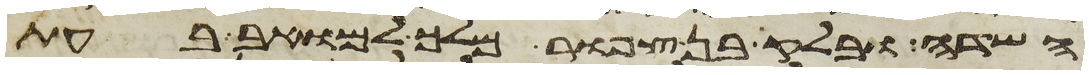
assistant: השדה ובלק בן צפור מלך למואב בעת